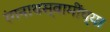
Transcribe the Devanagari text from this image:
रंगनाथस्वामींच्या